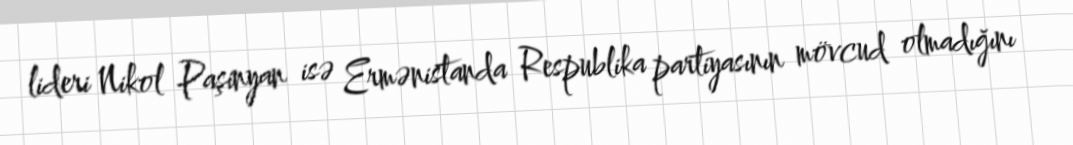
lideri Nikol Paşinyan isə Ermənistanda Respublika partiyasının mövcud olmadığını